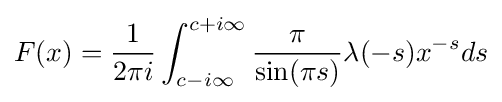
F(x)={\frac {1}{2\pi i}}\int _{c-i\infty }^{c+i\infty }{\frac {\pi }{\sin(\pi s)}}\lambda (-s)x^{-s}ds